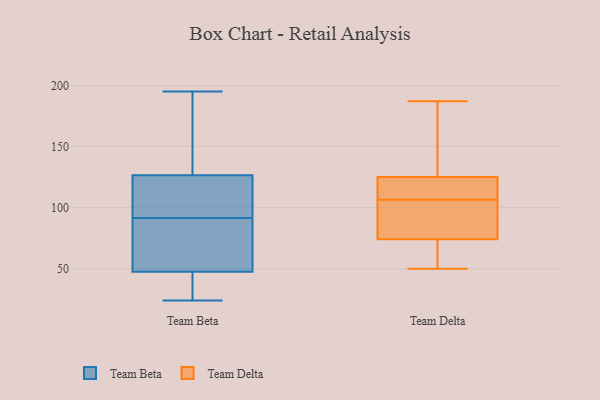
{"axis": {"x": "Inventory Turnover", "y": "Value"}, "legend": ["Team Beta", "Team Delta"], "data": [{"x": "", "y": 179, "type": "Team Beta"}, {"x": "", "y": 104, "type": "Team Beta"}, {"x": "", "y": 84, "type": "Team Beta"}, {"x": "", "y": 88, "type": "Team Beta"}, {"x": "", "y": 110, "type": "Team Beta"}, {"x": "", "y": 24, "type": "Team Beta"}, {"x": "", "y": 49, "type": "Team Beta"}, {"x": "", "y": 46, "type": "Team Beta"}, {"x": "", "y": 38, "type": "Team Beta"}, {"x": "", "y": 135, "type": "Team Beta"}, {"x": "", "y": 131, "type": "Team Beta"}, {"x": "", "y": 24, "type": "Team Beta"}, {"x": "", "y": 80, "type": "Team Beta"}, {"x": "", "y": 37, "type": "Team Beta"}, {"x": "", "y": 122, "type": "Team Beta"}, {"x": "", "y": 97, "type": "Team Beta"}, {"x": "", "y": 95, "type": "Team Beta"}, {"x": "", "y": 159, "type": "Team Beta"}, {"x": "", "y": 86, "type": "Team Beta"}, {"x": "", "y": 195, "type": "Team Beta"}, {"x": "", "y": 187, "type": "Team Delta"}, {"x": "", "y": 125, "type": "Team Delta"}, {"x": "", "y": 155, "type": "Team Delta"}, {"x": "", "y": 84, "type": "Team Delta"}, {"x": "", "y": 124, "type": "Team Delta"}, {"x": "", "y": 111, "type": "Team Delta"}, {"x": "", "y": 175, "type": "Team Delta"}, {"x": "", "y": 70, "type": "Team Delta"}, {"x": "", "y": 125, "type": "Team Delta"}, {"x": "", "y": 70, "type": "Team Delta"}, {"x": "", "y": 93, "type": "Team Delta"}, {"x": "", "y": 74, "type": "Team Delta"}, {"x": "", "y": 50, "type": "Team Delta"}, {"x": "", "y": 102, "type": "Team Delta"}]}